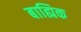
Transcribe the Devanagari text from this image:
बाह्यिक